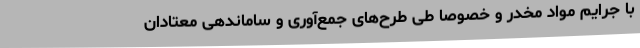
با جرایم مواد مخدر و خصوصاً طی طرح‌های جمع‌آوری و ساماندهی معتادان